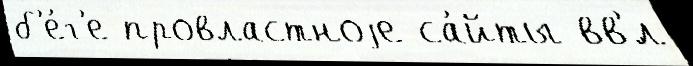
б'е́г'е провластноjе са́йты вв'́л